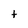
Character: t